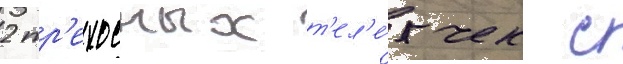
2 тр'ехосных т'ел'е́жек с